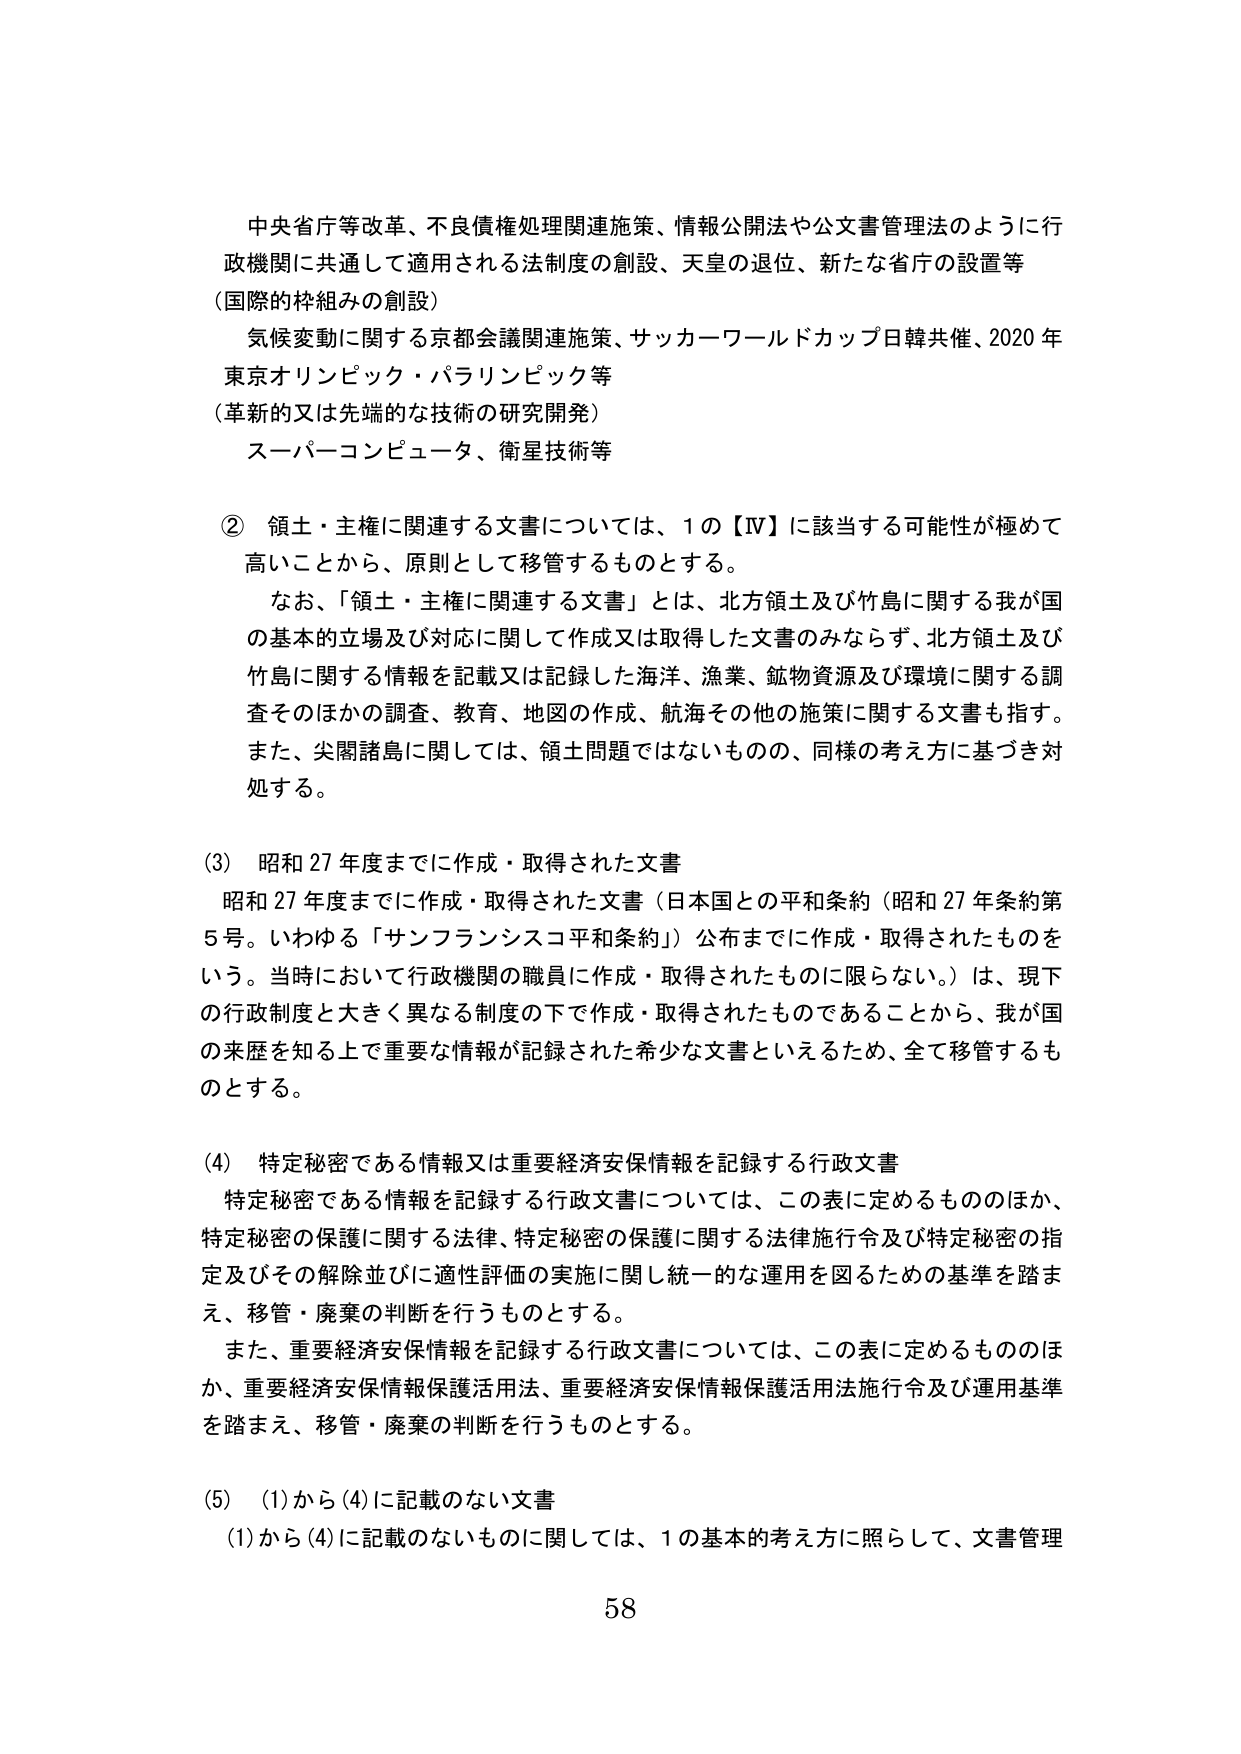
中央省庁等改革、不良債権処理関連施策、情報公開法や公文書管理法のように行政機関に共通して適用される法制度の創設、天皇の退位、新たな省庁の設置等
（国際的枠組みの創設）
気候変動に関する京都会議関連施策、サッカーワールドカップ日韓共催、2020年東京オリンピック・パラリンピック等
（革新的又は先端的な技術の研究開発）
スーパーコンピュータ、衛星技術等

② 領土・主権に関連する文書については、1の【Ⅳ】に該当する可能性が極めて高いことから、原則として移管するものとする。
　なお、「領土・主権に関連する文書」とは、北方領土及び竹島に関する我が国の基本的立場及び対応に関して作成又は取得した文書のみならず、北方領土及び竹島に関する情報を記載又は記録した海洋、漁業、鉱物資源及び環境に関する調査そのほかの調査、教育、地図の作成、航海その他の施策に関する文書も指す。また、尖閣諸島に関しては、領土問題ではないものの、同様の考え方に基づき対処する。

(3) 昭和27年度までに作成・取得された文書
　昭和27年度までに作成・取得された文書（日本国との平和条約（昭和27年条約第5号。いわゆる「サンフランシスコ平和条約」）公布までに作成・取得されたものをいう。当時において行政機関の職員に作成・取得されたものに限らない。）は、現下の行政制度と大きく異なる制度の下で作成・取得されたものであることから、我が国の来歴を知る上で重要な情報が記録された希少な文書といえるため、全て移管するものとする。

(4) 特定秘密である情報又は重要経済安保情報を記録する行政文書
　特定秘密である情報を記録する行政文書については、この表に定めるもののほか、特定秘密の保護に関する法律、特定秘密の保護に関する法律施行令及び特定秘密の指定及びその解除並びに適性評価の実施に関し統一的な運用を図るための基準を踏まえ、移管・廃棄の判断を行うものとする。
　また、重要経済安保情報を記録する行政文書については、この表に定めるもののほか、重要経済安保情報保護活用法、重要経済安保情報保護活用法施行令及び運用基準を踏まえ、移管・廃棄の判断を行うものとする。

(5) (1)から(4)に記載のない文書
　(1)から(4)に記載のないものに関しては、1の基本的考え方に照らして、文書管理

58